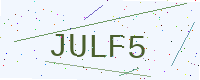
Text: JULF5